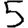
Digit: 5